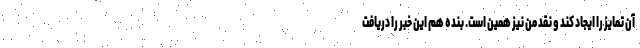
آن تمایز را ایجاد کند و نقد من نیز همین است. بنده هم این خبر را دریافت